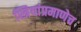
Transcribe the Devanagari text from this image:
स्त्रियांप्रमाणेच